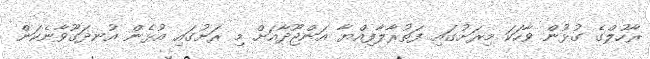
ރާހުލްގެ ގުޅުން ވާހަކަ މިރަށުގައި ފަތުރާލާފިއްޔާ އަންޖޫދާއަށް މި ރަށުގައި އުޅެން އުނދަގޫވާނެކަން